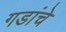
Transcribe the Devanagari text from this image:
गडांचे